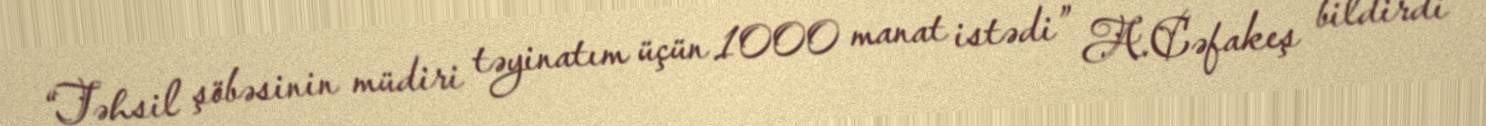
“Təhsil şöbəsinin müdiri təyinatım üçün 1000 manat istədi” A.Cəfakeş bildirdi